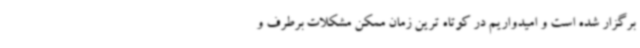
برگزار شده است و امیدواریم در کوتاه ترین زمان ممکن مشکلات برطرف و